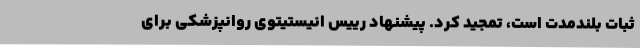
ثبات بلندمدت است، تمجید کرد. پیشنهاد رییس انیستیتوی روانپزشکی برای